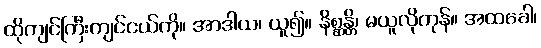
ထိုကျင်ကြီးကျင်ငယ်ကို။ အာဒါယ၊ ယူ၍။ နိစ္ဆန္တိ၊ မယူလိုကုန်။ အထခေါ၊